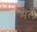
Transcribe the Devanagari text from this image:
मेर्ले